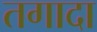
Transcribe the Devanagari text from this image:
तगादा